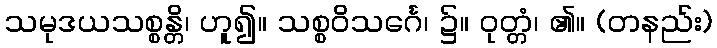
သမုဒယသစ္စန္တိ၊ ဟူ၍။ သစ္စဝိသင်္ဂေ၊ ၌။ ဝုတ္တံ၊ ၏။ (တနည်း)